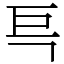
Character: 巪